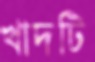
খাদটি